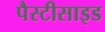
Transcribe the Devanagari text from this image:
पैस्टीसाइड